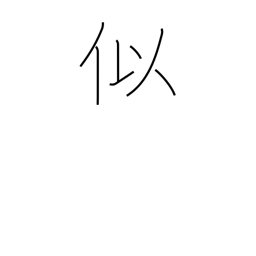
Meaning: counterfeit